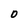
Character: 0